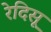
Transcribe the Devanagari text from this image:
रेदिसू